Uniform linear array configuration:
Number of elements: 48
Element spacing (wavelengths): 0.75
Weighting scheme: kaiser
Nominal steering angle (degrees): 60
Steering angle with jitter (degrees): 58.049
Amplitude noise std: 0.05
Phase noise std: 0.05

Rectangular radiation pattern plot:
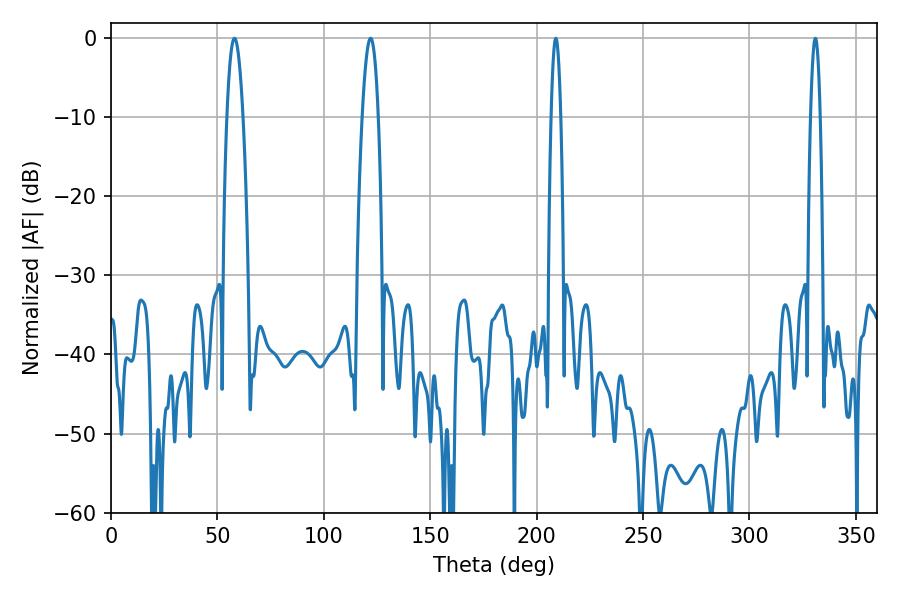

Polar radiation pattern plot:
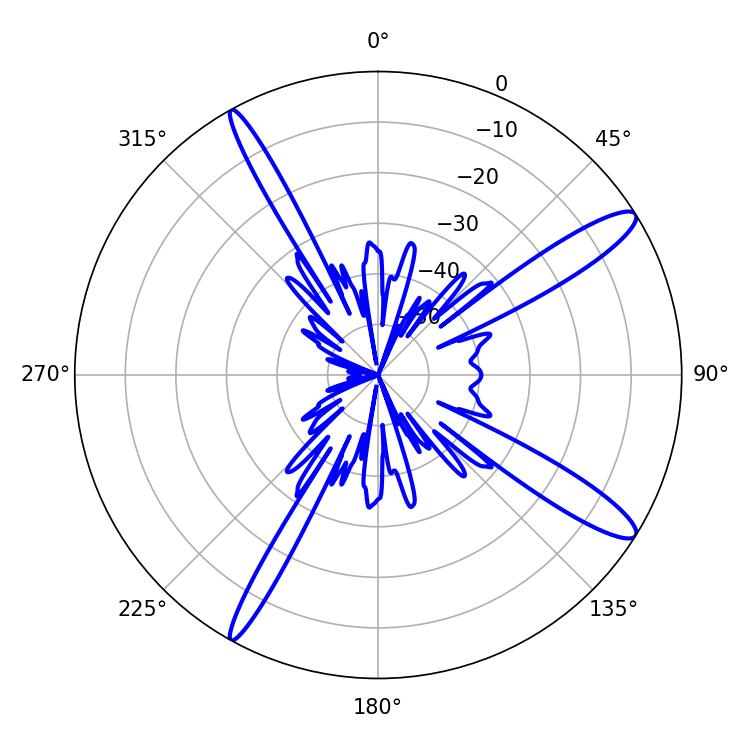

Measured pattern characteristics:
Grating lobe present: TRUE
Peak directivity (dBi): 13.577
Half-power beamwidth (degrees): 4.14
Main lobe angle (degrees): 57.96